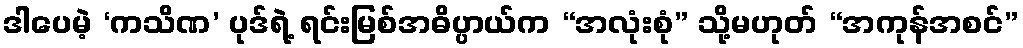
ဒါပေမဲ့ ‘ကသိဏ’ ပုဒ်ရဲ့ ရင်းမြစ်အဓိပ္ပာယ်က “အလုံးစုံ” သို့မဟုတ် “အကုန်အစင်”